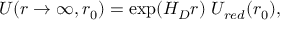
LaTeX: U ( r \to \infty , r _ { 0 } ) = \exp ( H _ { D } r ) \ U _ { r e d } ( r _ { 0 } ) ,